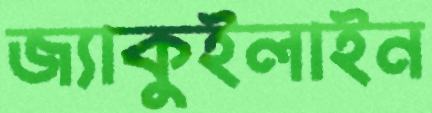
জ্যাকুইলাইন